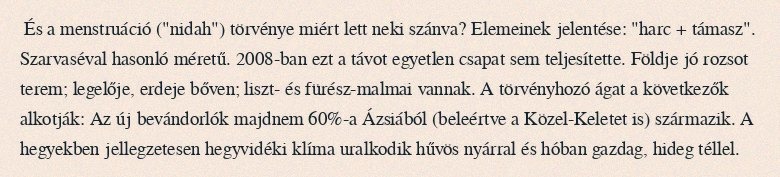
És a menstruáció ("nidah") törvénye miért lett neki szánva? Elemeinek jelentése: "harc + támasz". Szarvaséval hasonló méretű. 2008-ban ezt a távot egyetlen csapat sem teljesítette. Földje jó rozsot terem; legelője, erdeje bőven; liszt- és fürész-malmai vannak. A törvényhozó ágat a következők alkotják: Az új bevándorlók majdnem 60%-a Ázsiából (beleértve a Közel-Keletet is) származik. A hegyekben jellegzetesen hegyvidéki klíma uralkodik hűvös nyárral és hóban gazdag, hideg téllel.